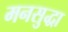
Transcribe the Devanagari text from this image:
मनसुद्धा